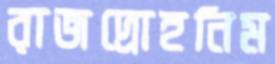
রাজদ্রোহনিম